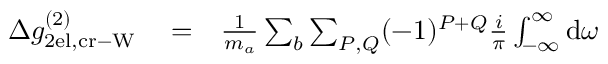
\begin{array} { r l r } { \Delta g _ { \mathrm { 2 e l , c r - W } } ^ { ( 2 ) } } & { { } = } & { \frac { 1 } { m _ { a } } \sum _ { b } \sum _ { P , Q } ( - 1 ) ^ { P + Q } \frac { i } { \pi } \int _ { - \infty } ^ { \infty } \mathrm { d } \omega } \end{array}